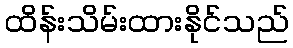
ထိန်းသိမ်းထားနိုင်သည်